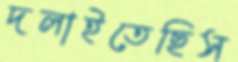
দলাইতেছিস